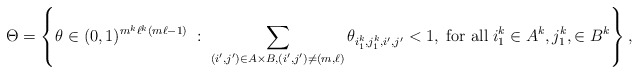
\begin{align*}\Theta=\left\{\theta\in(0,1)^{m^k\ell^k(m\ell-1)}\;:\;\sum_{(i',j')\in A\times B,(i',j')\neq (m,\ell)}\theta_{i_1^k,j_1^k,i',j'}<1,\;\mbox{for all}\;i_1^k\in A^k,j_1^k,\in B^k\right\},\end{align*}